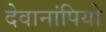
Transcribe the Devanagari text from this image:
देवानांपियो